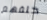
خلفهم